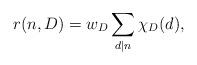
LaTeX: \begin{align*}r(n,D)=w_D\sum_{d|n}\chi_{D}(d),\end{align*}